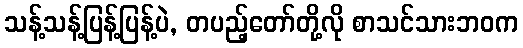
သန့်သန့်ပြန့်ပြန့်ပဲ, တပည့်တော်တို့လို စာသင်သားဘဝက